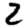
Digit: 2